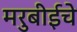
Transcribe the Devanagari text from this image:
मरुबीईचे